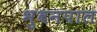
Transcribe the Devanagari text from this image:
भुवनपाल